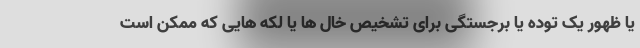
یا ظهور یک توده یا برجستگی برای تشخیص خال ها یا لکه هایی که ممکن است